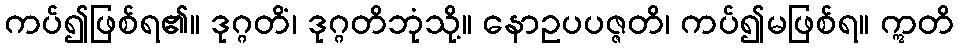
ကပ်၍ဖြစ်ရ၏။ ဒုဂ္ဂတိံ၊ ဒုဂ္ဂတိဘုံသို့။ နောဥပပဇ္ဇတိ၊ ကပ်၍မဖြစ်ရ။ ဣတိ